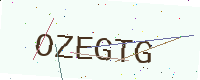
Text: OZEGTG